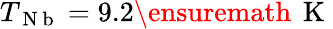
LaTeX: T_{\mathrm{~N~b~}}=9.2{\ensuremath{\, \mathrm{~K~}}}